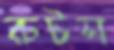
রুটস